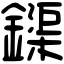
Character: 𨬡